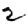
Digit: 2